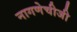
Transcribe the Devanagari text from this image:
नागणेचीजी